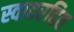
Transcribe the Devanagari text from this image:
स्वादरहित